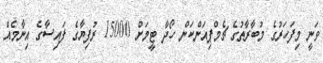
ވަނީ މިފަހަރުގެ މުބާރާތުގެ ޗެމްޕިއަންކަން ހޯދާ ޓީމަށް 15000 ރުފިޔާގެ ފައިސާގެ އިނާމެއް